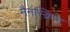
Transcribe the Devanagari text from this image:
मैनस्क्रिप्ट